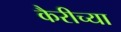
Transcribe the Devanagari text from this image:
कैरीच्या